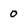
Character: 0